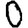
Digit: 0